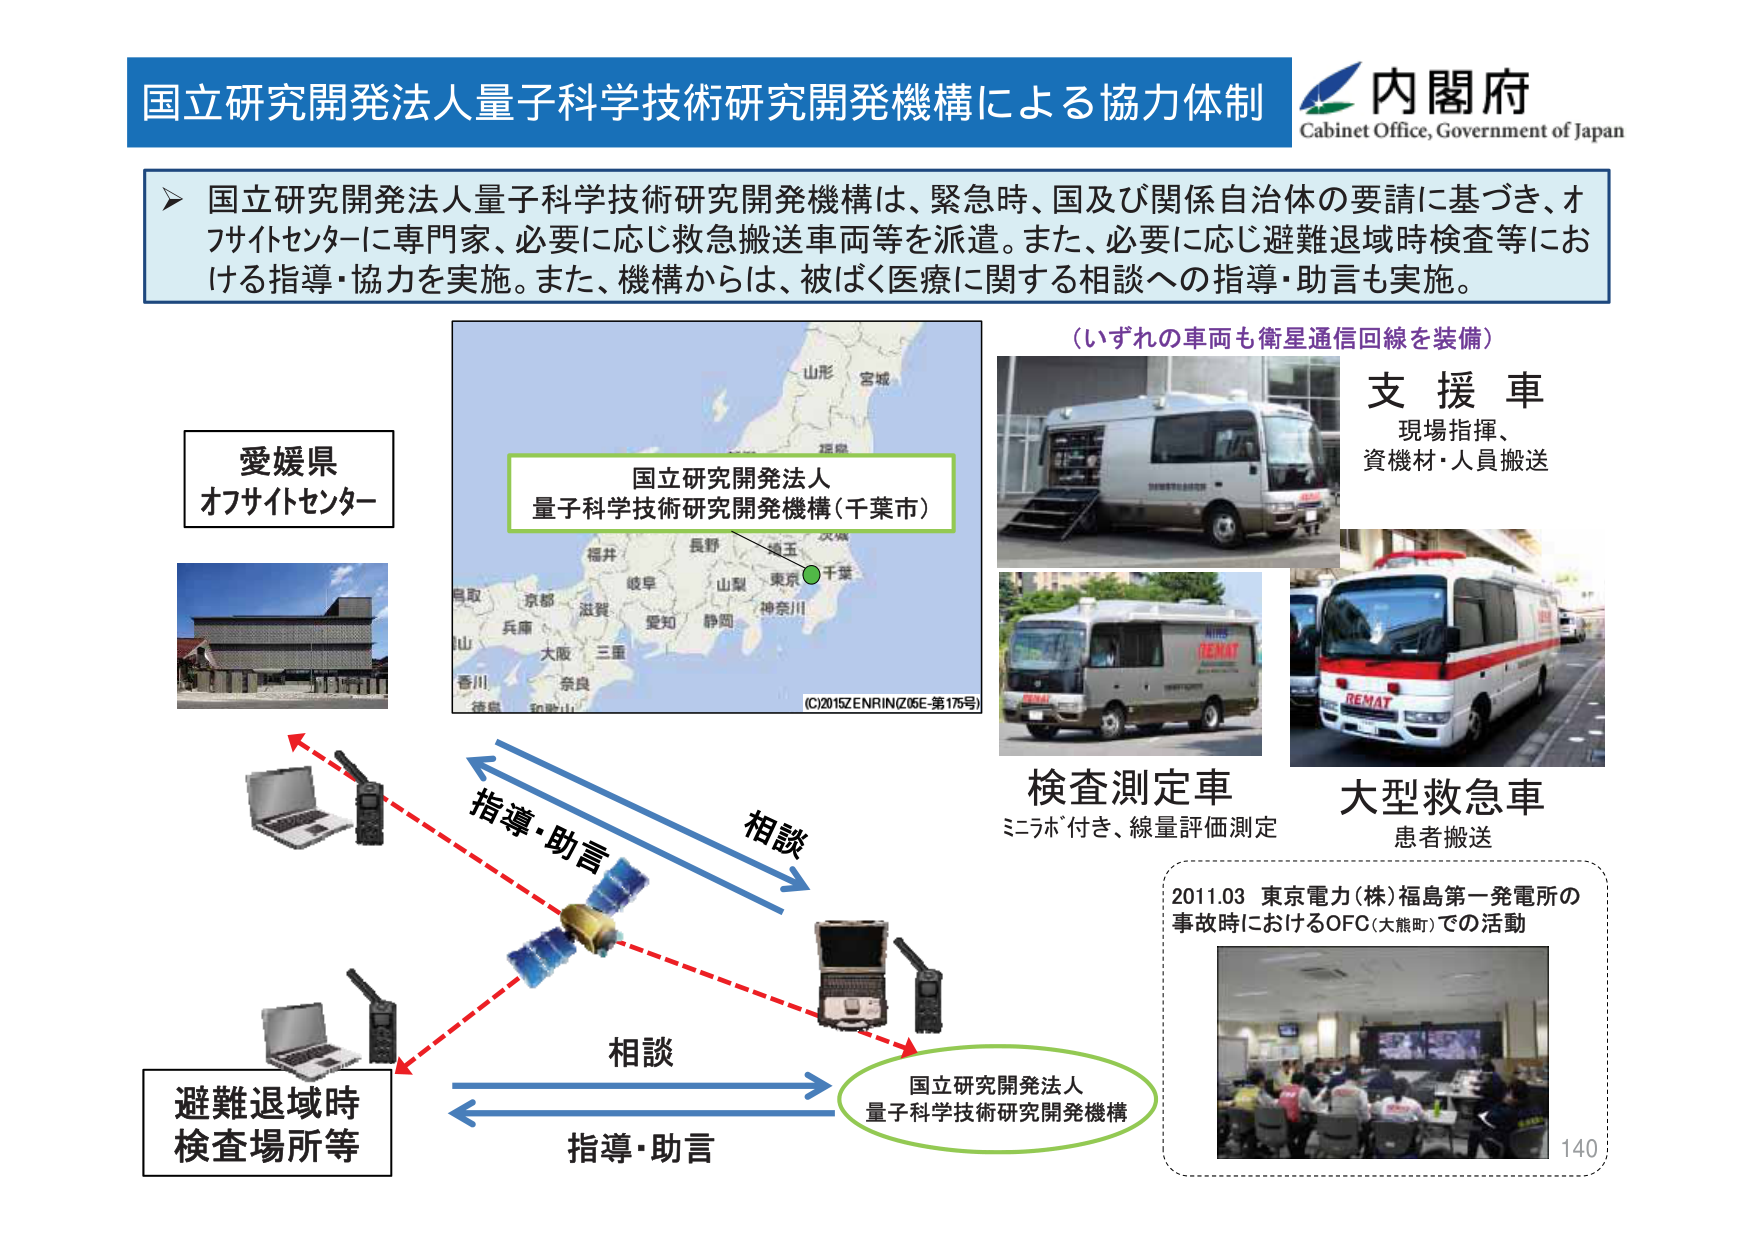
国立研究開発法人量子科学技術研究開発機構による協力体制
内閣府
Cabinet Office, Government of Japan

▶ 国立研究開発法人量子科学技術研究開発機構は、緊急時、国及び関係自治体の要請に基づき、オフサイトセンターに専門家、必要に応じ救急搬送車両等を派遣。また、必要に応じ避難退域時検査等における指導・協力を実施。また、機構からは、被ばく医療に関する相談への指導・助言も実施。

愛媛県
オフサイトセンター

国立研究開発法人
量子科学技術研究開発機構（千葉市）
（C）2015 ZENRIN（Z05E-第175号）

（いずれの車両も衛星通信回線を装備）
支 援 車
現場指揮、
資機材・人員搬送

検査測定車
ミラボ付き、線量評価測定

大型救急車
患者搬送

指導・助言
相談
相談
指導・助言

避難退域時
検査場所等

国立研究開発法人
量子科学技術研究開発機構

2011.03 東京電力（株）福島第一発電所の
事故時におけるOFC（大熊町）での活動
140